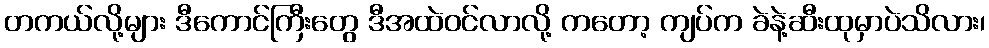
တကယ်လို့များ ဒီကောင်ကြီးတွေ ဒီအထဲဝင်လာလို့ ကတော့ ကျပ်က ခဲနဲ့ဆီးထုမှာပဲသိလား၊